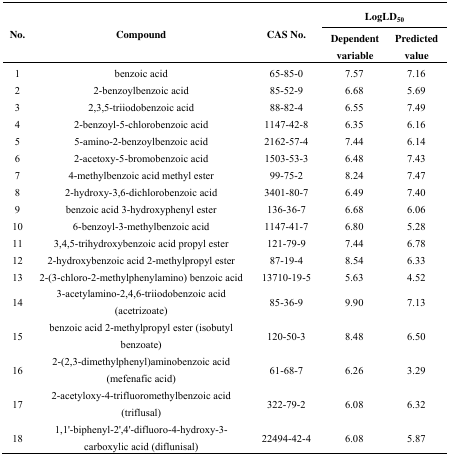
<table><thead><tr><td></td><td></td><td></td><td colspan="2"><b>LogLD<sub>50</sub></b></td></tr><tr><td><b>No.</b></td><td><b>Compound</b></td><td><b>CAS No.</b></td><td><b>Dependent variable</b></td><td><b>Predicted value</b></td></tr></thead><tbody><tr><td>1</td><td>benzoic acid</td><td>65-85-0</td><td>7.57</td><td>7.16</td></tr><tr><td>2</td><td>2-benzoylbenzoic acid</td><td>85-52-9</td><td>6.68</td><td>5.69</td></tr><tr><td>3</td><td>2,3,5-triiodobenzoic acid</td><td>88-82-4</td><td>6.55</td><td>7.49</td></tr><tr><td>4</td><td>2-benzoyl-5-chlorobenzoic acid</td><td>1147-42-8</td><td>6.35</td><td>6.16</td></tr><tr><td>5</td><td>5-amino-2-benzoylbenzoic acid</td><td>2162-57-4</td><td>7.44</td><td>6.14</td></tr><tr><td>6</td><td>2-acetoxy-5-bromobenzoic acid</td><td>1503-53-3</td><td>6.48</td><td>7.43</td></tr><tr><td>7</td><td>4-methylbenzoic acid methyl ester</td><td>99-75-2</td><td>8.24</td><td>7.47</td></tr><tr><td>8</td><td>2-hydroxy-3,6-dichlorobenzoic acid</td><td>3401-80-7</td><td>6.49</td><td>7.40</td></tr><tr><td>9</td><td>benzoic acid 3-hydroxyphenyl ester</td><td>136-36-7</td><td>6.68</td><td>6.06</td></tr><tr><td>10</td><td>6-benzoyl-3-methylbenzoic acid</td><td>1147-41-7</td><td>6.80</td><td>5.28</td></tr><tr><td>11</td><td>3,4,5-trihydroxybenzoic acid propyl ester</td><td>121-79-9</td><td>7.44</td><td>6.78</td></tr><tr><td>12</td><td>2-hydroxybenzoic acid 2-methylpropyl ester</td><td>87-19-4</td><td>8.54</td><td>6.33</td></tr><tr><td>13</td><td>2-(3-chloro-2-methylphenylamino) benzoic acid</td><td>13710-19-5</td><td>5.63</td><td>4.52</td></tr><tr><td>14</td><td>3-acetylamino-2,4,6-triiodobenzoic acid (acetrizoate)</td><td>85-36-9</td><td>9.90</td><td>7.13</td></tr><tr><td>15</td><td>benzoic acid 2-methylpropyl ester (isobutyl benzoate)</td><td>120-50-3</td><td>8.48</td><td>6.50</td></tr><tr><td>16</td><td>2-(2,3-dimethylphenyl)aminobenzoic acid (mefenafic acid)</td><td>61-68-7</td><td>6.26</td><td>3.29</td></tr><tr><td>17</td><td>2-acetyloxy-4-trifluoromethylbenzoic acid (triflusal)</td><td>322-79-2</td><td>6.08</td><td>6.32</td></tr><tr><td>18</td><td>1,1′-biphenyl-2′,4′-difluoro-4-hydroxy-3-carboxylic acid (diflunisal)</td><td>22494-42-4</td><td>6.08</td><td>5.87</td></tr></tbody></table>